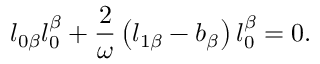
l _ { 0 \beta } l _ { 0 } ^ { \beta } + \frac { 2 } { \omega } \left( l _ { 1 \beta } - b _ { \beta } \right) l _ { 0 } ^ { \beta } = 0 .